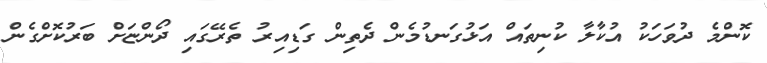
ކޮންމެ ދުވަހަކު އުކާލާ ކުނިތައް އަޅުގަނޑުމެން ދެތިން ގަޑިއިރު ތެރޭގައި ދޯންޏަށް ބަރުކޮށްގެން